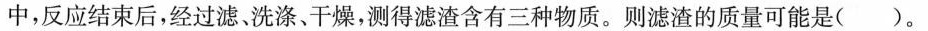
中，反应结束后，经过滤、洗涤、干燥，测得滤渣含有三种物质。则滤渣的质量可能是()。